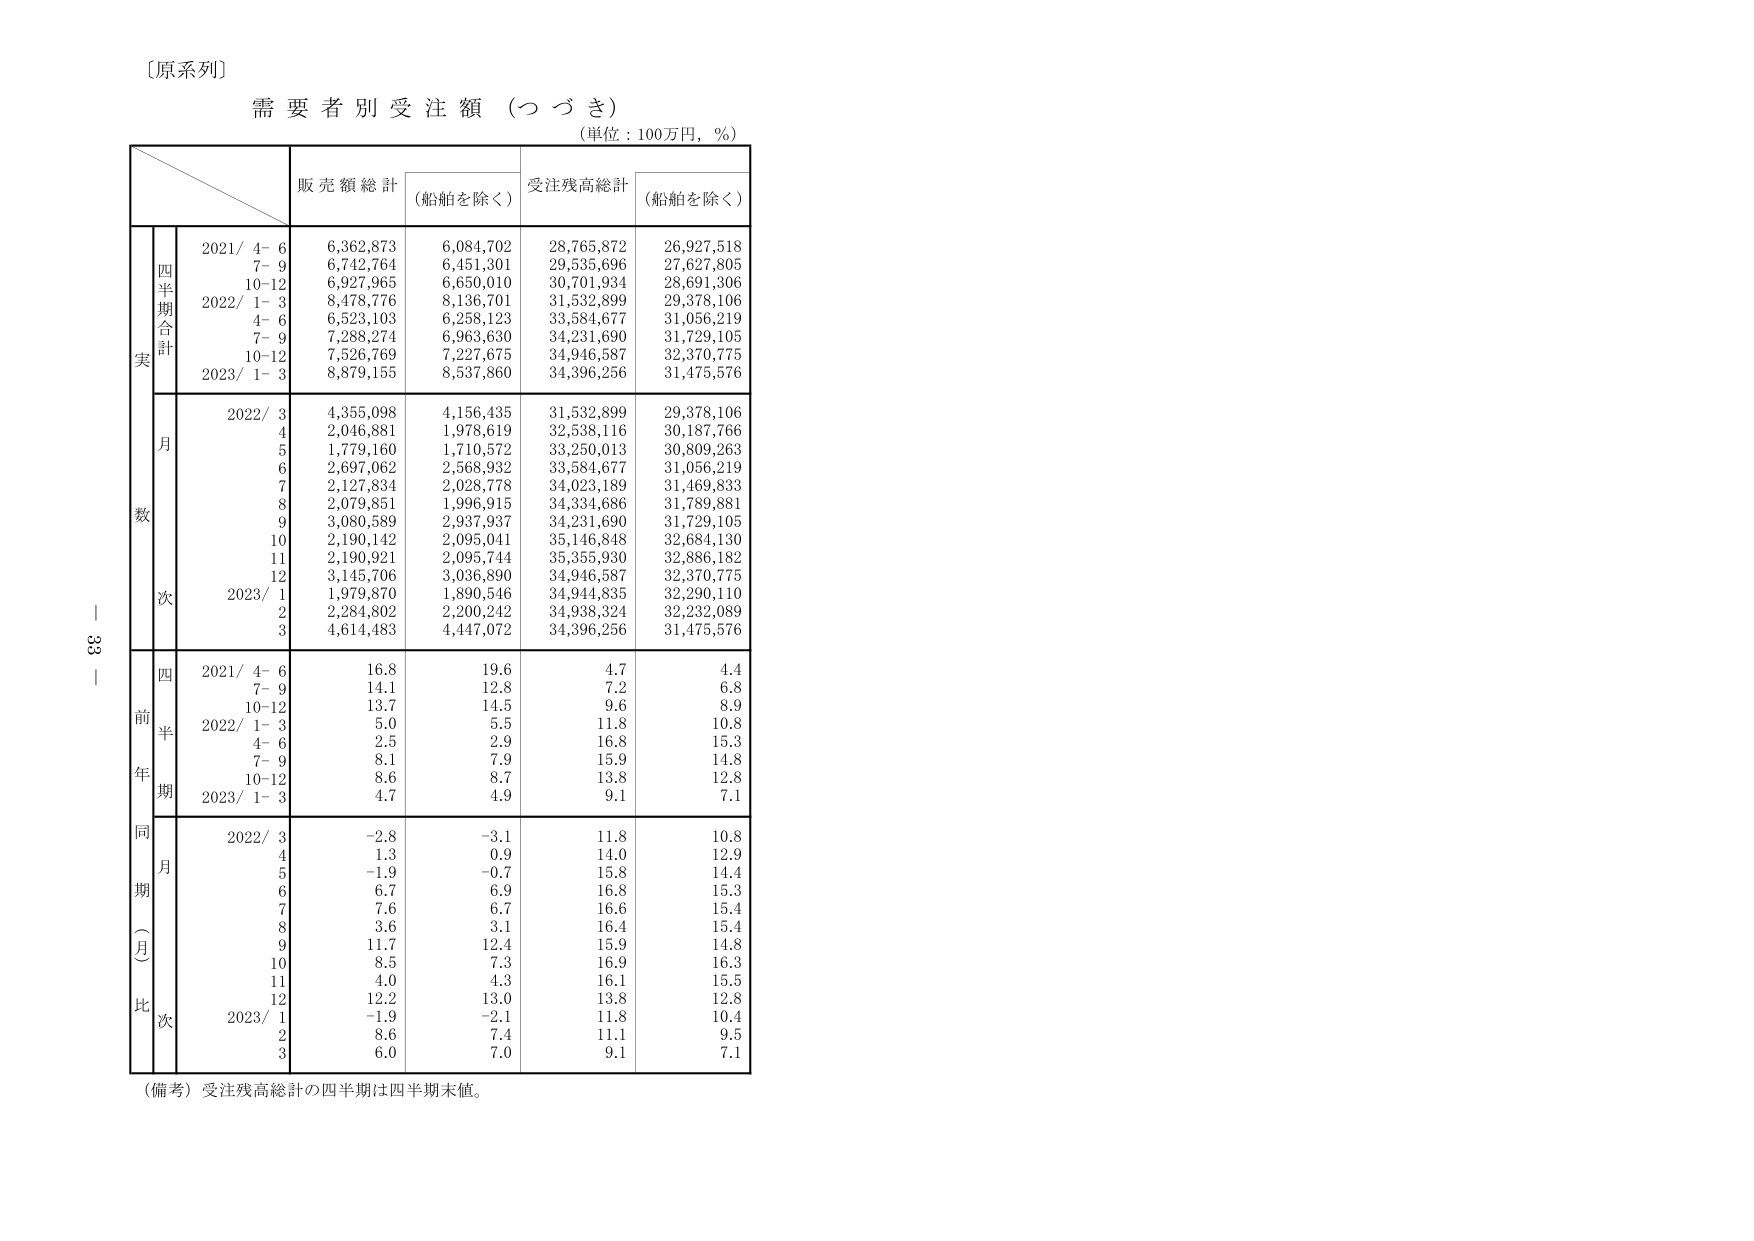
〔原系列〕
需要者別受注額（つづき）
（単位：100万円，％）

販売額総計 （船舶を除く） 受注残高総計 （船舶を除く）

四半期合計
実
2021/ 4- 6 6,362,873 6,084,702 28,765,872 26,927,518
7- 9 6,742,764 6,451,301 29,535,696 27,627,805
10-12 6,927,965 6,650,010 30,701,934 28,691,306
2022/ 1- 3 8,478,776 8,136,701 31,532,899 29,378,106
4- 6 6,523,103 6,258,123 33,584,677 31,056,219
7- 9 7,288,274 6,963,630 34,231,690 31,729,105
10-12 7,526,769 7,227,675 34,946,587 32,370,775
2023/ 1- 3 8,879,155 8,537,860 34,396,256 31,475,576

月
数
2022/ 3 4,355,098 4,156,435 31,532,899 29,378,106
4 2,046,881 1,978,619 32,538,116 30,187,766
5 1,779,160 1,710,572 33,250,013 30,809,263
6 2,697,062 2,568,932 33,584,677 31,056,219
7 2,127,834 2,028,778 34,023,189 31,469,833
8 2,079,851 1,996,915 34,334,686 31,789,881
9 3,080,589 2,937,937 34,231,690 31,729,105
10 2,190,142 2,095,041 35,146,848 32,684,130
11 2,190,921 2,095,744 35,355,930 32,886,182
12 3,145,706 3,036,890 34,946,587 32,370,775
2023/ 1 1,979,870 1,890,546 34,944,835 32,290,110
2 2,284,802 2,200,242 34,938,324 32,232,089
3 4,614,483 4,447,072 34,396,256 31,475,576

四
前
半
年
期
2021/ 4- 6 16.8 19.6 4.7 4.4
7- 9 14.1 12.8 7.2 6.8
10-12 13.7 14.5 9.6 8.9
2022/ 1- 3 5.0 5.5 11.8 10.8
4- 6 2.5 2.9 16.8 15.3
7- 9 8.1 7.9 15.9 14.8
10-12 8.6 8.7 13.8 12.8
2023/ 1- 3 4.7 4.9 9.1 7.1

同
月
期
（月
比
次
2022/ 3 -2.8 -3.1 11.8 10.8
4 1.3 0.9 14.0 12.9
5 -1.9 -0.7 15.8 14.4
6 6.7 6.9 16.8 15.3
7 7.6 6.7 16.6 15.4
8 3.6 3.1 16.4 15.4
9 11.7 12.4 15.9 14.8
10 8.5 7.3 16.9 16.3
11 4.0 4.3 16.1 15.5
12 12.2 13.0 13.8 12.8
2023/ 1 -1.9 -2.1 11.8 10.4
2 8.6 7.4 11.1 9.5
3 6.0 7.0 9.1 7.1

（備考）受注残高総計の四半期は四半期末値。